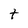
Character: t